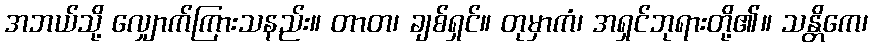
အဘယ်သို့ လျှောက်ကြားသနည်း။ တာတ၊ ချစ်ရှင်။ တုမှာကံ၊ အရှင်ဘုရားတို့၏။ သန္တိကေ၊